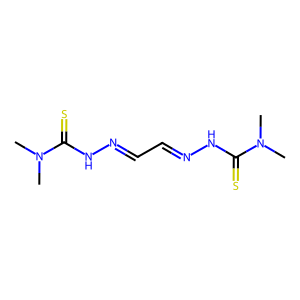
SMILES: CN(C)C(=S)NN=CC=NNC(=S)N(C)C
Inhibits HIV replication: No